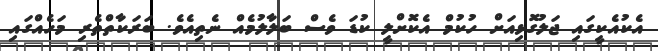
އެކުއެކީގައި ޖަލުގޮޅިއަށް ހުކުމް އެކޮށްލީ ކުޑަ ވެސް ބަލާލުމެއް ނެތިއެވެ. ބަރަކާތްތެރި މަހެއްގައި